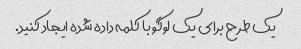
یک طرح برای یک لوگو با کلمه داده شده ایجاد کنید.